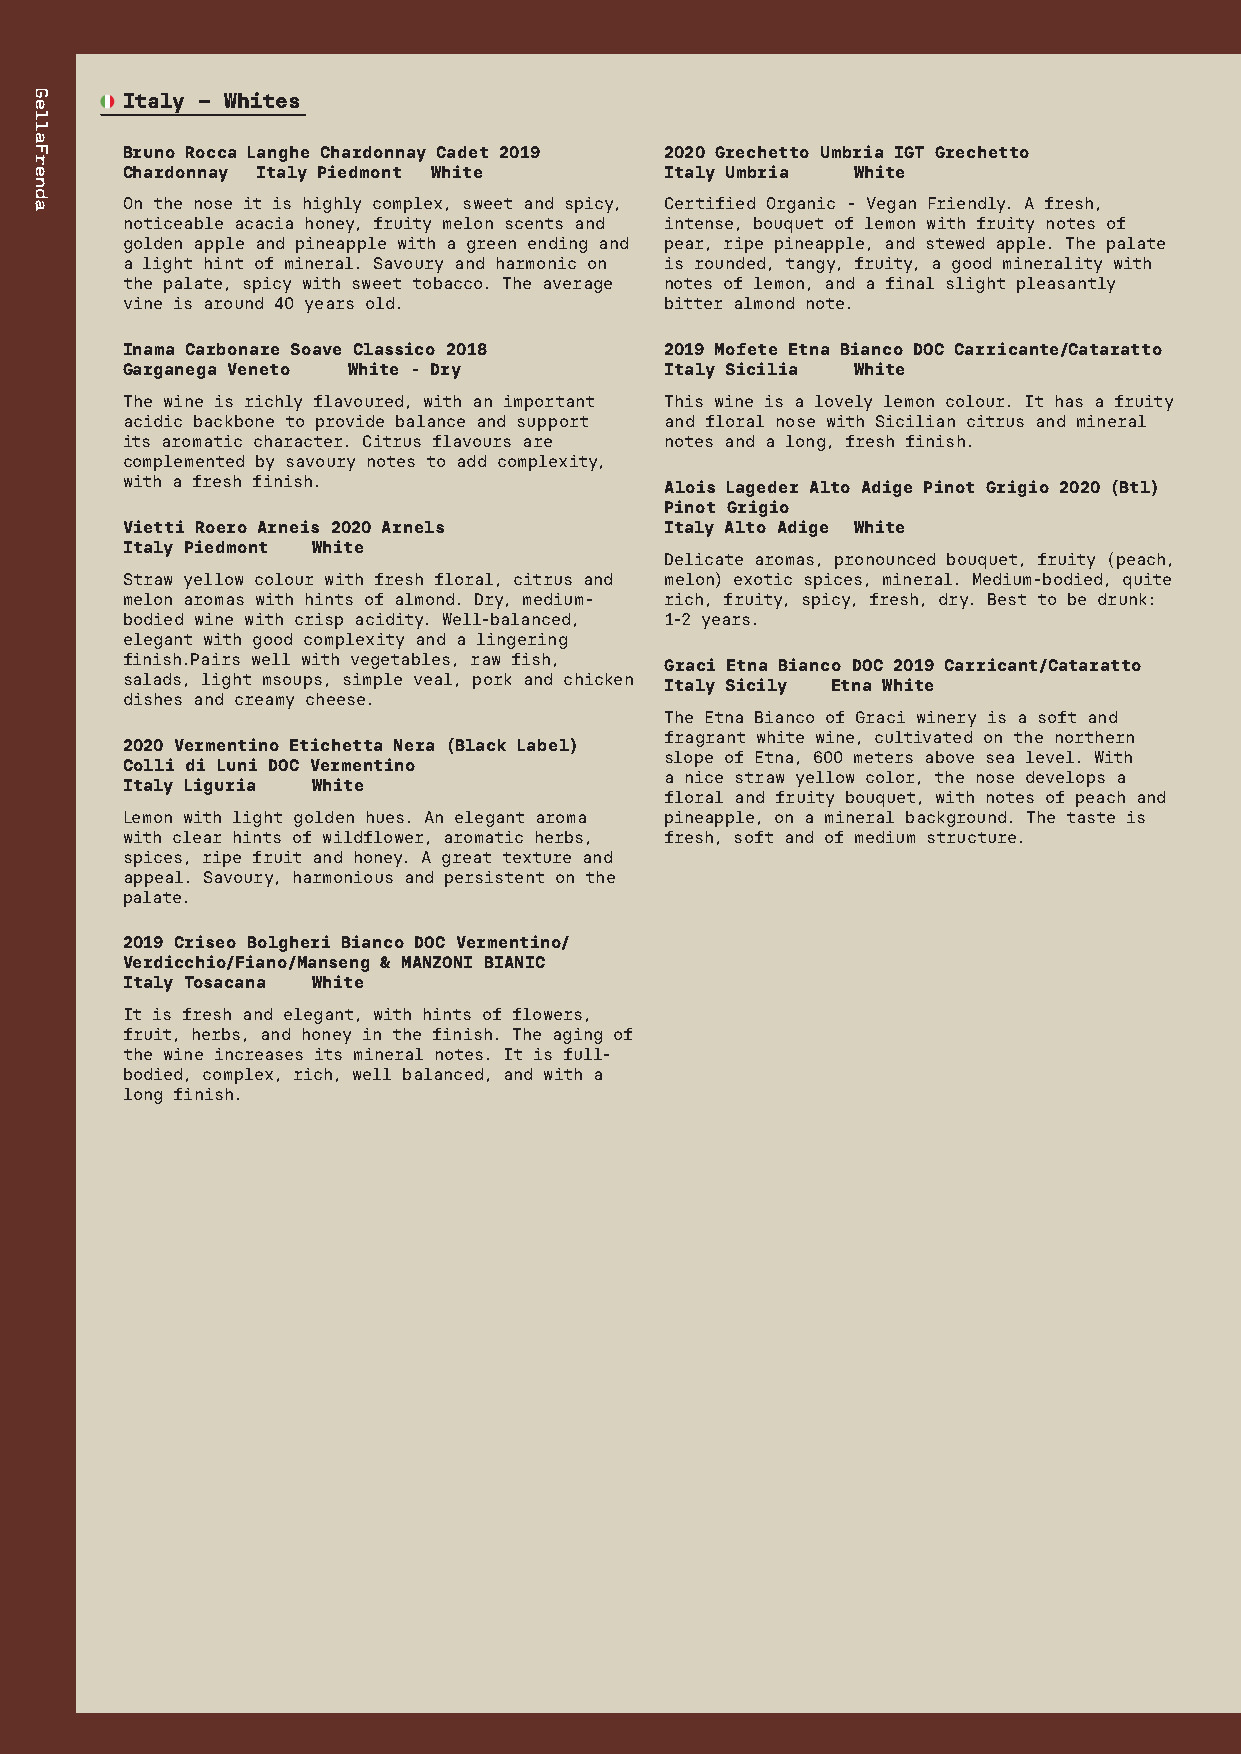
Italy – Whites
 Bruno Rocca Langhe Chardonnay Cadet 2019 2020 Grechetto Umbria IGT Grechetto
 Chardonnay Italy Piedmont White     Italy Umbria White
 On the nose it is highly complex, sweet and spicy, Certified Organic - Vegan Friendly. A fresh,
 noticeable acacia honey, fruity melon scents and intense, bouquet of lemon with fruity notes of
 golden apple and pineapple with a green ending and pear, ripe pineapple, and stewed apple. The palate
 a light hint of mineral. Savoury and harmonic on is rounded, tangy, fruity, a good minerality with
 the palate, spicy with sweet tobacco. The average notes of lemon, and a final slight pleasantly
 vine is around 40 years old.        bitter almond note.
 Inama Carbonare Soave Classico 2018 2019 Mofete Etna Bianco DOC Carricante/Cataratto
 Garganega Veneto White - Dry        Italy Sicilia White
 The wine is richly flavoured, with an important This wine is a lovely lemon colour. It has a fruity
 acidic backbone to provide balance and support and floral nose with Sicilian citrus and mineral
 its aromatic character. Citrus flavours are notes and a long, fresh finish.
 complemented by savoury notes to add complexity,
 with a fresh finish.                Alois Lageder Alto Adige Pinot Grigio 2020 (Btl)
 Pinot Grigio
 Vietti Roero Arneis 2020 Arnels     Italy Alto Adige White
 Italy Piedmont White
 Delicate aromas, pronounced bouquet, fruity (peach,
 Straw yellow colour with fresh floral, citrus and melon) exotic spices, mineral. Medium-bodied, quite
 melon aromas with hints of almond. Dry, medium- rich, fruity, spicy, fresh, dry. Best to be drunk:
 bodied wine with crisp acidity. Well-balanced, 1-2 years.
 elegant with good complexity and a lingering
 finish.Pairs well with vegetables, raw fish, Graci Etna Bianco DOC 2019 Carricant/Cataratto
 salads, light msoups, simple veal, pork and chicken Italy Sicily Etna White
 dishes and creamy cheese.
 The Etna Bianco of Graci winery is a soft and
 fragrant white wine, cultivated on the northern
 2020 Vermentino Etichetta Nera (Black Label)
 slope of Etna, 600 meters above sea level. With
 Colli di Luni DOC Vermentino
 a nice straw yellow color, the nose develops a
 Italy Liguria White
 floral and fruity bouquet, with notes of peach and
 Lemon with light golden hues. An elegant aroma pineapple, on a mineral background. The taste is
 with clear hints of wildflower, aromatic herbs, fresh, soft and of medium structure.
 spices, ripe fruit and honey. A great texture and
 appeal. Savoury, harmonious and persistent on the
 palate.
 2019 Criseo Bolgheri Bianco DOC Vermentino/
 Verdicchio/Fiano/Manseng & MANZONI BIANIC
 Italy Tosacana White
 It is fresh and elegant, with hints of flowers,
 fruit, herbs, and honey in the finish. The aging of
 the wine increases its mineral notes. It is full-
 bodied, complex, rich, well balanced, and with a
 long finish.